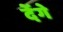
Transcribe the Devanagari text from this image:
देेंगे